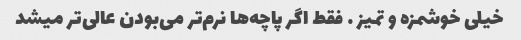
خیلی خوشمزه و تمیز … فقط اگر پاچه‌ها نرم‌تر می‌بودن عالی‌تر میشد